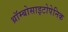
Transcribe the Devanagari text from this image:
थ्रॉम्बोसाइटोपेनिक